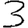
Digit: 3